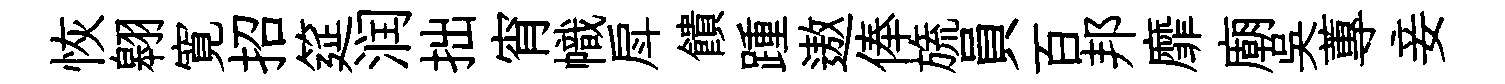
恢翱寛招筵润拙宵幟戽饋踵遨俸旒員百邦靡廟吴蓴妾